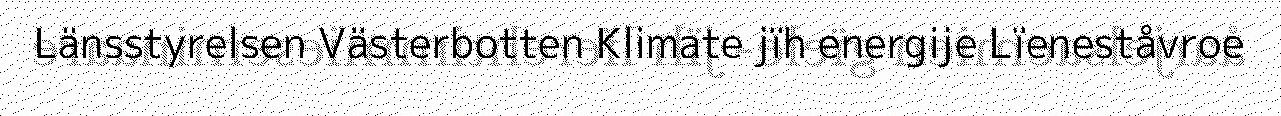
Länsstyrelsen Västerbotten Klimate jïh energije Lïeneståvroe